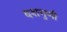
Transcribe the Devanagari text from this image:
दशगुणी